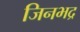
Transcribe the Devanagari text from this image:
जिनभद्र